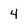
Character: 4